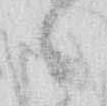
候